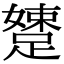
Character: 𨃢